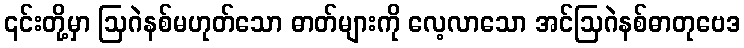
၎င်းတို့မှာ ဩဂဲနစ်မဟုတ်သော ဓာတ်များကို လေ့လာသော အင်ဩဂဲနစ်ဓာတုဗေဒ